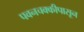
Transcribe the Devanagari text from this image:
पवनचक्कीपासून